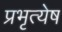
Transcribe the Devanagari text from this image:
प्रभृत्येष